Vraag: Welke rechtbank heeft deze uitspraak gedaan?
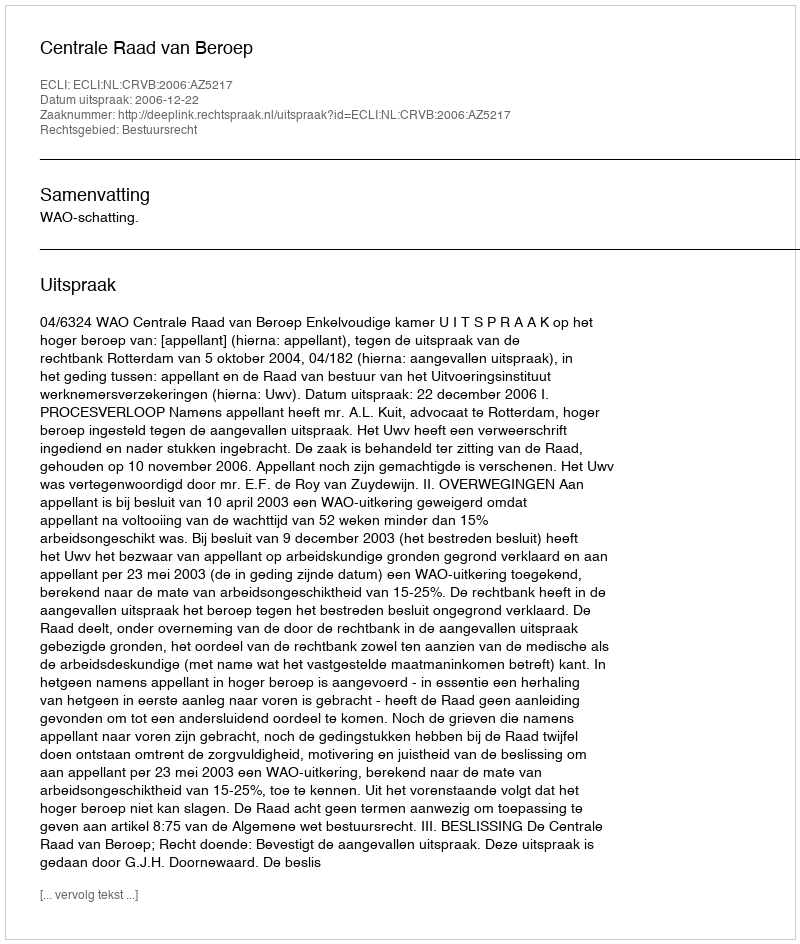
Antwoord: Centrale Raad van Beroep